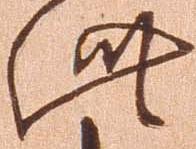
此